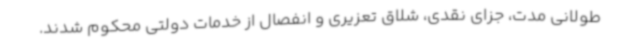
طولانی مدت، جزای نقدی، شلاق تعزیری و انفصال از خدمات دولتی محکوم شدند.